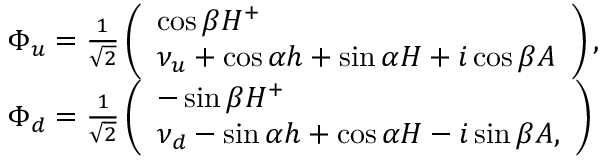
\begin{array} { r l } & { \Phi _ { u } = \frac { 1 } { \sqrt { 2 } } \left( \begin{array} { l } { \cos \beta H ^ { + } } \\ { \nu _ { u } + \cos \alpha h + \sin \alpha H + i \cos \beta A } \end{array} \right) , } \\ & { \Phi _ { d } = \frac { 1 } { \sqrt { 2 } } \left( \begin{array} { l } { - \sin \beta H ^ { + } } \\ { \nu _ { d } - \sin \alpha h + \cos \alpha H - i \sin \beta A , } \end{array} \right) } \end{array}